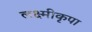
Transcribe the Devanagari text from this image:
लक्ष्मीकृपा